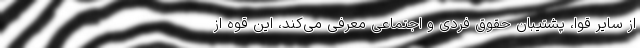
از سایر قوا، پشتیبان حقوق فردی و اجتماعی معرفی می‌کند، این قوه از